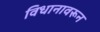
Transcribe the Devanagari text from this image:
विधानावरून